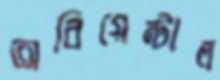
অরিয়েন্টাল